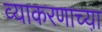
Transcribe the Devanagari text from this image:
व्याकरणाच्या़